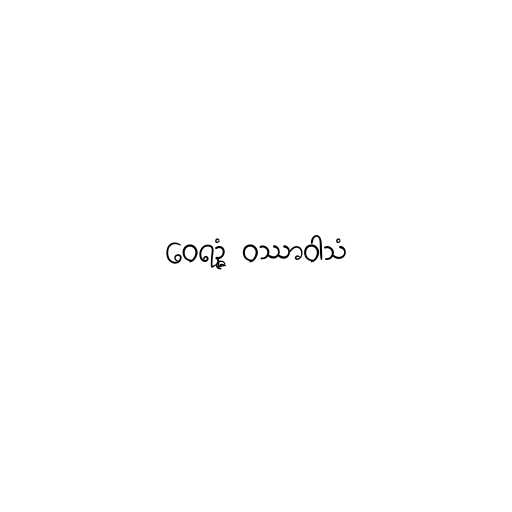
ဝေရဉ္ဇံ ဝဿာဝါသံ